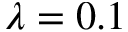
\lambda = 0 . 1